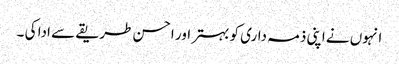
انہوں نے اپنی ذمہ داری کو بہتر اور احسن طریقے سے ادا کی ۔